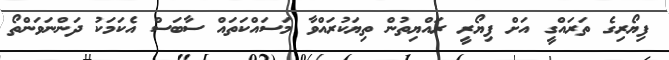
ފިޔޯރިގެ ތަރައްގީ އަށް ފިޔޯރީ ރައްޔިތުން ތިޔަކުރައްވާ މަސައްކަތައް ސާބަސް އެކަމަކު ދަންނަވަންތޯ